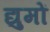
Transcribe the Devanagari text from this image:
द्युमों